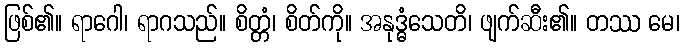
ဖြစ်၏။ ရာဂေါ၊ ရာဂသည်။ စိတ္တံ၊ စိတ်ကို။ အနုဒ္ဓံသေတိ၊ ဖျက်ဆီး၏။ တဿ မေ၊